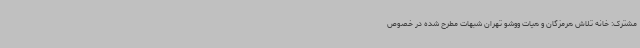
مشترک: خانه تلاش هرمزگان و هیات ووشو تهران شبهات مطرح شده در خصوص